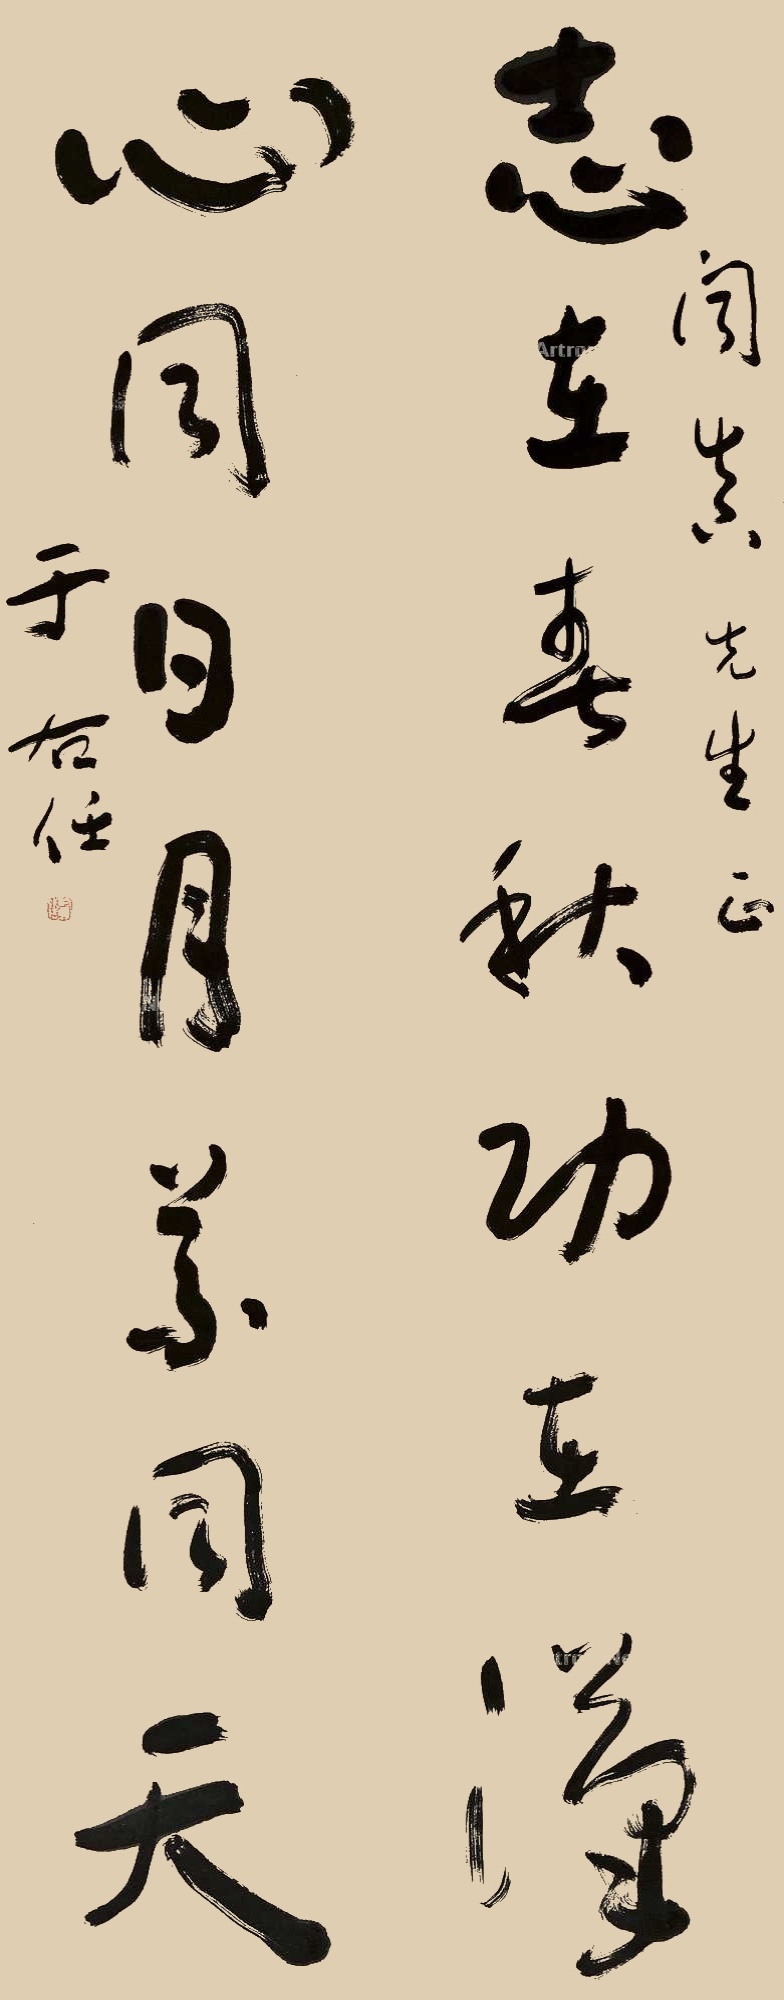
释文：志在春秋功在汉，心同日月义同天。闻真先生正。于右任。